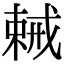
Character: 𢧧